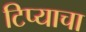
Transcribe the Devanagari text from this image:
टिप्याचा